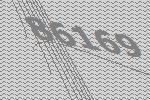
86169